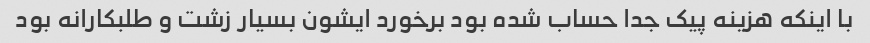
با اینکه هزینه پیک جدا حساب شده بود برخورد ایشون بسیار زشت و طلبکارانه بود